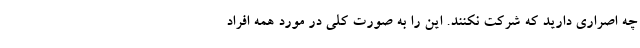
چه اصراری دارید که شرکت نکنند. این را به صورت کلی در مورد همه افراد